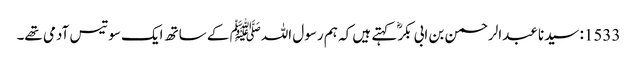
1533: سیدنا عبدالرحمن بن ابی بکرؓ کہتے ہیں کہ ہم رسول اللہﷺ کے ساتھ ایک سو تیس آدمی تھے۔